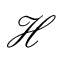
\mathcal { H }